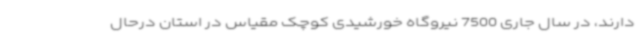
دارند، در سال جاری 7500 نیروگاه خورشیدی کوچک مقیاس در استان درحال